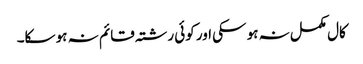
کال مکمل نہ ہو سکی اور کوئی رشتہ قائم نہ ہو سکا۔